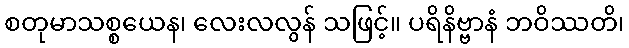
စတုမာသစ္စယေန၊ လေးလလွန် သဖြင့်။ ပရိနိဗ္ဗာနံ ဘဝိဿတိ၊